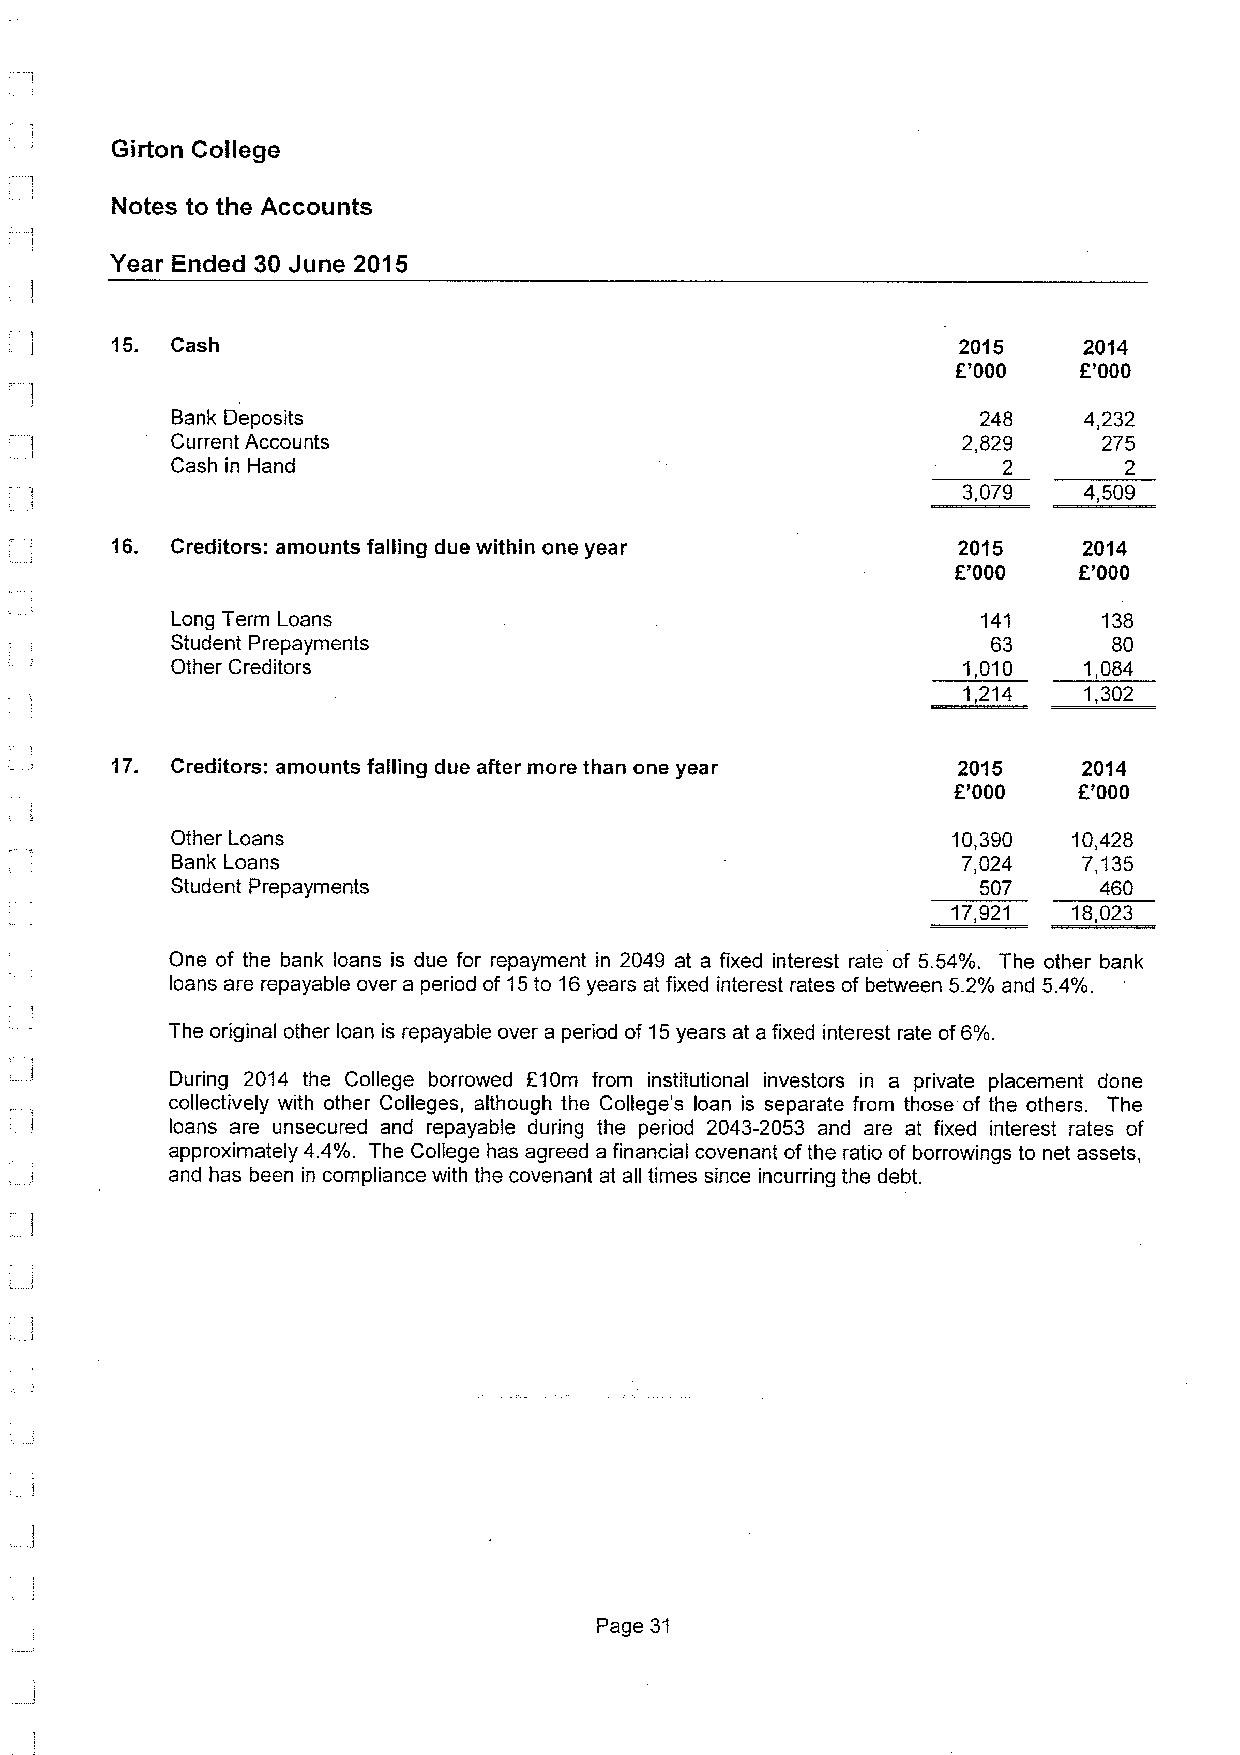
Girton College
 Notes to the Accounts
 Year Ended 30 June 2015
 15. Cash                                                2015     2014
 f'000   f '000
 Bank Deposits                                         248    4,232
 Current Accounts                                     2,829    275
 Cash in Hand                                           2       2
 3,079   4,509
 16. Creditors: amounts falling due within one year      2015     2014
 f'000   f'000
 Long Term Loans                                       141     138
 Student Prepayments                                    63      80
 Other Creditors                                      1,010   1,084
 1,214   1,302
 17. Creditors: amounts falling due after more than one year 2015 2014
 f'000   f'000
 Other Loans                                         10,390  10,428
 Bank Loans                                           7,024   7,135
 Student Prepayments                                   507     460
 I7,921  18,023
 One of the bank loans is due for repayment in 2049 at a fixed interest rate of 5.54%. The other bank
 loans are repayable over a period of 15to 16years at fixed interest rates of between 5.2% and 5.4%.
 The original other loan is repayable over a period of 15years at a fixed interest rate of6%.
 During 2014 the College borrowed f10m from institutional investors in a private placement done
 collectively with other Colleges, although the College's loan is separate from those of the others. The
 loans are unsecured and repayable during the period 2043-2053 and are at fixed interest rates of
 approximately 4.4%. The College has agreed a financial covenant ofthe ratio of borrowings to net assets,
 and has been in compliance with the covenant at all times since incurring the debt.
 Page 31